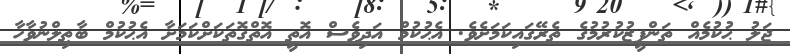
ޖަލު ޙުކުމެއް ތަންފީޒުކުރުމުގެ ތެރޭގައިކަމަށެވެ. އެޙުކުމް އަދިވެސް އޮތީ އޮތްގޮތަކަށްކަމަށާ އެޙުކުމް ބާޠިލްނުވާހާ